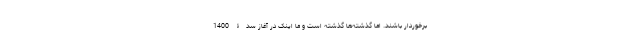
برخوردار باشند. اما گذشته‌ها گذشته است و ما اینک در آغاز سدۀ 1400